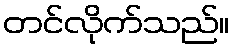
တင်လိုက်သည်။